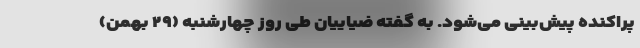
پراکنده پیش‌بینی می‌شود. به گفته ضیاییان طی روز چهارشنبه (۲۹ بهمن)